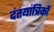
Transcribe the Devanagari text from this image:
दंतयांत्रिकों